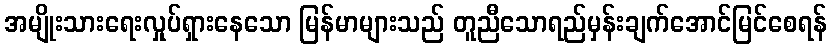
အမျိုးသားရေးလှုပ်ရှားနေသော မြန်မာများသည် တူညီသောရည်မှန်းချက်အောင်မြင်စေရန်